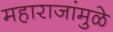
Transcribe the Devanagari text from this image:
महाराजांमुळे